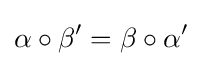
\alpha \circ \beta '=\beta \circ \alpha '